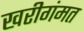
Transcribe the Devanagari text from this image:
खरीगंमत